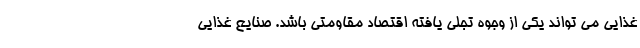
غذایی می تواند یکی از وجوه تجلی یافته اقتصاد مقاومتی باشد. صنایع غذایی